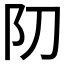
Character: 𨸓